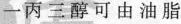
一丙三醇可由油脂